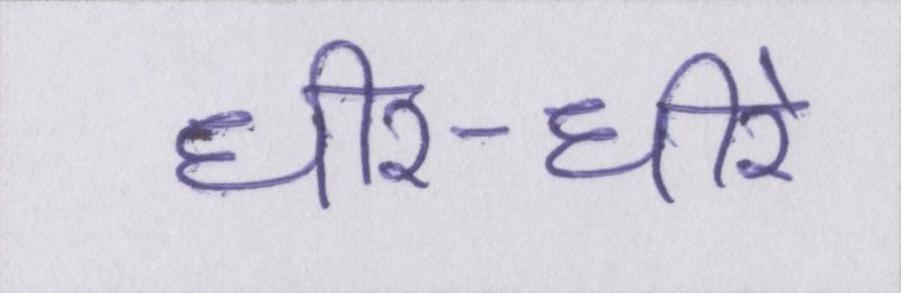
धीर-धीरे